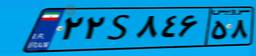
۲۲S۸۴۶۵۸